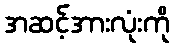
အဆင့်အားလုံးကို